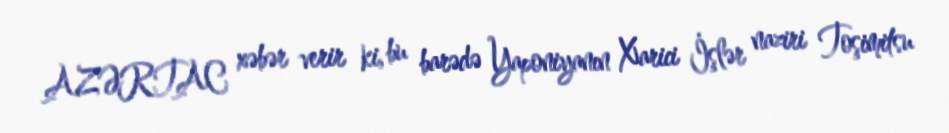
AZƏRTAC xəbər verir ki, bu barədə Yaponiyanın Xarici İşlər naziri Toşimitsu